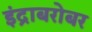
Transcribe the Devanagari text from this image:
इंद्राबरोबर